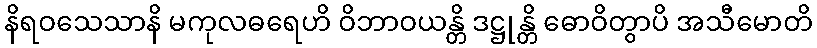
နိရဝသေသာနိ မကုလဓရေဟိ ဝိဘာဝယန္တိ ဒဋ္ဌုန္တိ ဓောဝိတွာပိ အသီမောတိ